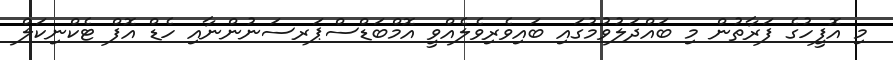
މި އޮފީހުގެ ފަރާތުން މި ބައްދަލުވުމުގައި ބައިވެރިވެލެއްވީ އޮމްބަޑްސްޕަރސަނުންނާއި ހެޑް އޮފް ޓެކްނިކަލް